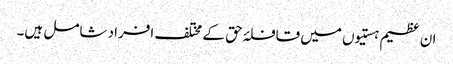
ان عظیم ہستیوں میں قافلۂ حق کے مختلف افراد شامل ہیں۔